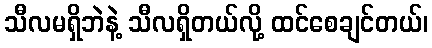
သီလမရှိဘဲနဲ့ သီလရှိတယ်လို့ ထင်စေချင်တယ်၊